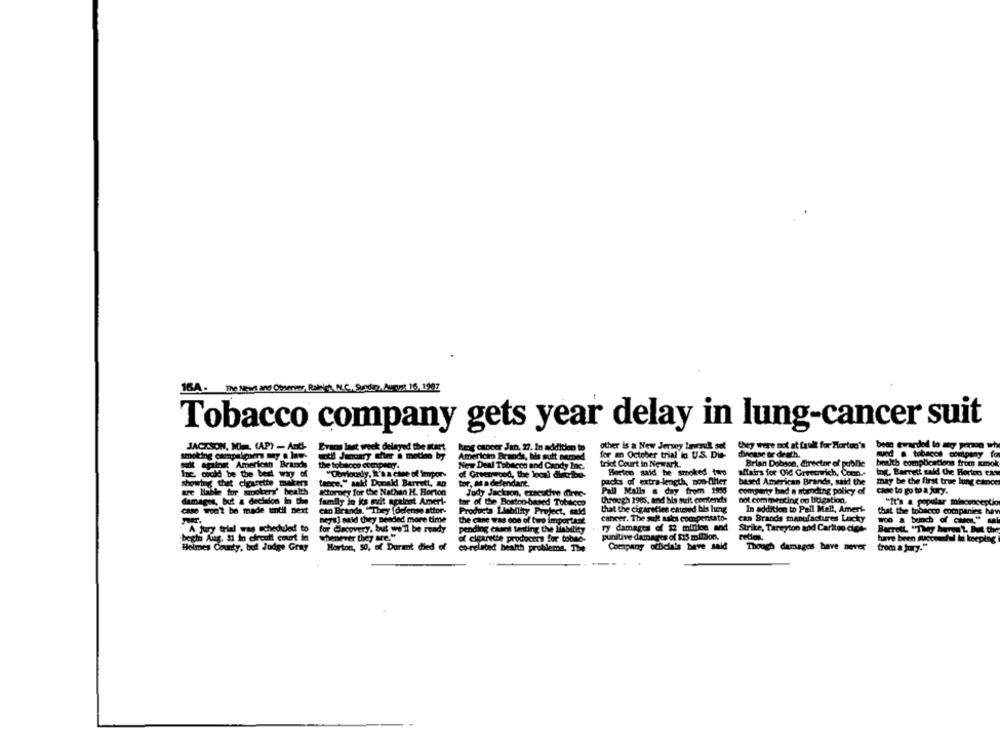
16.A . The News and Obenw, Pakist, M.C ., Sunday, August 16, 1987
Tobacco company gets year delay in lung-cancer suit
they were not at faul for Horton's
JACKSON, MIR (AP) - AntL
Evans last week delayed the start
haig cancer Jan. 27. In addition to
other is a New Jersey Lavrauk set
been awarded lo my peroo wh
smoking campalmers my @ low-
until January thuer a motion by
American Brands, his sult pemed
for an October trial lo U.S. Di-
dincase or death.
mund . tabacos company for
set against American Brands
the tobacco company.
New Deal Tobacco and Candy Inc.
triet Court in Newark.
Brian Dobson, director of publie
both complications from smok
Inc. could be the best way of
"Obviously, It's a case of Impor-
Horten said he smoked two
affairs for Oid Greenwich, Com .-
ing. Barrett said Che Borien cas
showing that cigarette makers
of Greenwood, the local dhtrio-
packs of extra-length, non-filter
based American Brands, said the
may be the first true lung cancer
tance," said Donald Barrett, a0
tor, at a defendant.
ut Hable tor smokers' health
Attorney for the Nathan H. Borton
Judy Jackson, executive direc-
Pall Malls & day from 1998
comparty had a stamding policy of
- to po tu a tury.
damages, but a deciados in the
family in ks nit against Ameri-
tor of the Boston-based Tobacco
through 1985, and his suit contends
bot commenting on bolestion.
"It's a popular minconceptio
case won't be made until next
can Brands. "They [defense attor-
Products Liability Project, said
that the cigarettes catered his heng
In addition to Pall Mall, Ameri-
that the tobacco companies hav
neya] said they seeded more time
cancer. The sult asks compensato-
can Brands manufactures Lucky
the case was one of two important
ry damages of $2 million and
"A jury trial was scheduled to
for Clacovery, but we'll be ready
pending caars tasting the liability
Strike, Tareyton and Caritoo cigs-
retlen
begh Aug. &1 in chroult court in
whenever they are."
of cigarette prodocens for tobee-
punitive damages of $15 million.
have been successful In keeping
Holmes County, but Judge Gray
Horton, 50, of Durant died of
co-related health problems. The
Company officials have said
Though damages have never
trom a jury."